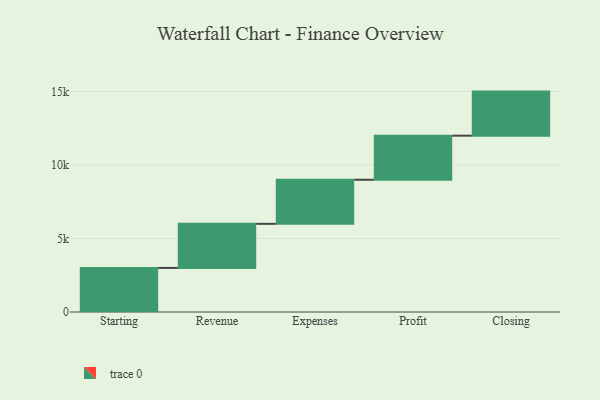
{"axis": {"x": "Step", "y": "Value"}, "legend": [""], "data": [{"x": "Starting", "y": 3000, "type": ""}, {"x": "Revenue", "y": 3000, "type": ""}, {"x": "Expenses", "y": 3000, "type": ""}, {"x": "Profit", "y": 3000, "type": ""}, {"x": "Closing", "y": 3000, "type": ""}]}